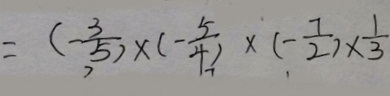
= ( - \frac { 3 } { 5 } ) \times ( - \frac { 5 } { 4 } ) \times ( - \frac { 7 } { 2 } ) \times \frac { 1 } { 3 }